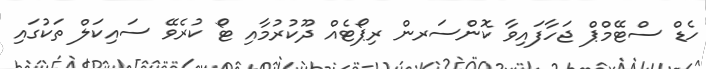
ހެޑް ސްޓޭމްޕް ޖަހާފައިވާ ކޮންސަރން ރިޕޯޓެއް ދޫކުރުމާއި ޓޯ ކުރެވޭ ސައިކަލް ތަކުގައި